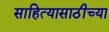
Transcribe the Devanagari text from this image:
साहित्यासाठीच्या